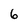
Character: 6